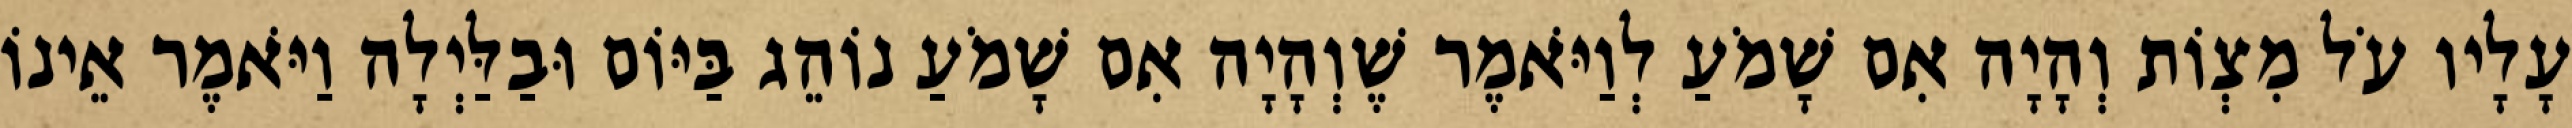
עָלָיו עֹל מִצְוֹת וְהָיָה אִם שָׁמֹעַ לְוַיֹּאמֶר שֶׁוְהָיָה אִם שָׁמֹעַ נוֹהֵג בַּיּוֹם וּבַלַּיְלָה וַיֹּאמֶר אֵינוֹ